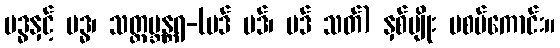
ဗဒ္ဓနှင့် ဗဒ္ဓ၊ သတ္တဗ္ဘန္တရ-(ဗဒ် ဗဒ်၊ ဗဒ် သတ်) နှစ်မျိုး မစပ်ကောင်း။